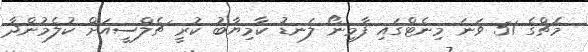
މެޗްގެ 51 ވަނަ މިނެޓްގައި ފާމިނޯ ލަނޑު ކާމިޔާބު ކުރީ ޗެލްސީއަށް ކުލެމުންދާ